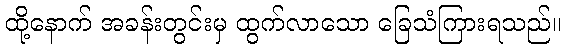
ထို့နောက် အခန်းတွင်းမှ ထွက်လာသော ခြေသံကြားရသည်။